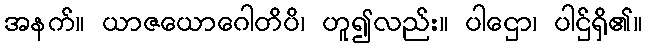
အနက်။ ယာဇယောဂေါတိပိ၊ ဟူ၍လည်း။ ပါဌော၊ ပါဌ်ရှိ၏။